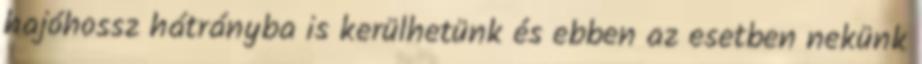
hajóhossz hátrányba is kerülhetünk és ebben az esetben nekünk